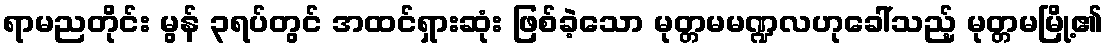
ရာမညတိုင်း မွန် ၃ရပ်တွင် အထင်ရှားဆုံး ဖြစ်ခဲ့သော မုတ္တမမဏ္ဍလဟုခေါ်သည့် မုတ္တမမြို့၏